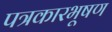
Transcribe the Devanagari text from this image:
पत्रकारभूषण